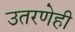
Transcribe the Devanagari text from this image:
उतरणेही